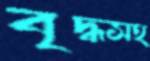
বৃদ্ধসহ